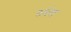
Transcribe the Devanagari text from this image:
रुबेंस